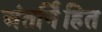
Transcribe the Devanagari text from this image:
अंतर्नि॑हित